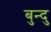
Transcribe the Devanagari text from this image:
बुन्दु